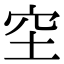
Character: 𥤧